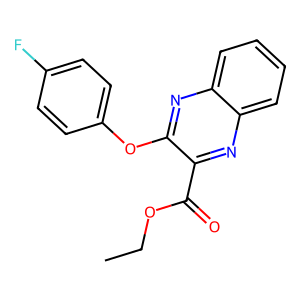
SMILES: CCOC(=O)c1nc2ccccc2nc1Oc1ccc(F)cc1
Inhibits HIV replication: No